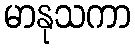
မာနုသကာ